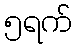
၅ရက်